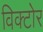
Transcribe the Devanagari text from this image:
विक्टोर